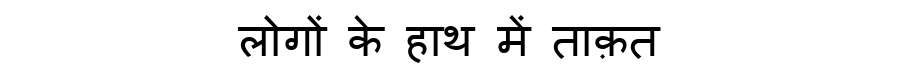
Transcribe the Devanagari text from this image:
लोगों के हाथ में ताक़त